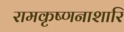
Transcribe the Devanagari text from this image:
रामकृष्णनाशारि